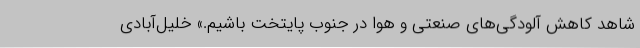
شاهد کاهش آلودگی‌های صنعتی و هوا در جنوب پایتخت باشیم.» خلیل‌آبادی